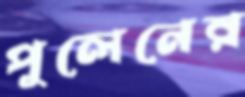
পুলেনের